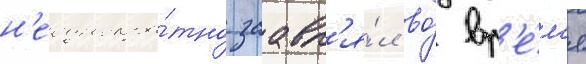
н'еоднокра́тно заавл'я́л во́ вр'е́м'я